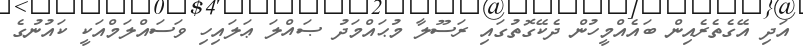
އަދި އޭގެތެރެއިން ބައެއްމީހުން ދެކޭގޮތުގައި ރަސޫލާ މުޙައްމަދު ޞައްލަ ޢަލައިހި ވަސައްލަމްއަކީ ކައުނުގެ